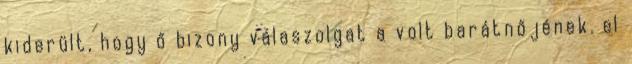
kiderült, hogy ő bizony válaszolgat a volt barátnőjének. el